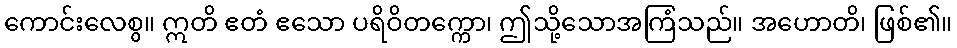
ကောင်းလေစွ။ ဣတိ ဧတံ ဧသော ပရိဝိတက္ကော၊ ဤသို့သောအကြံသည်။ အဟောတိ၊ ဖြစ်၏။